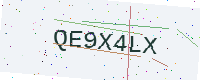
Text: QE9X4LX